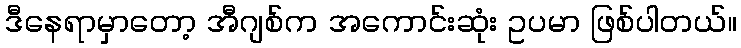
ဒီနေရာမှာတော့ အီဂျစ်က အကောင်းဆုံး ဥပမာ ဖြစ်ပါတယ်။